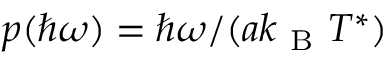
p ( \hbar \omega ) = \hbar \omega / ( a k _ { \mathrm { ~ B ~ } } T ^ { * } )